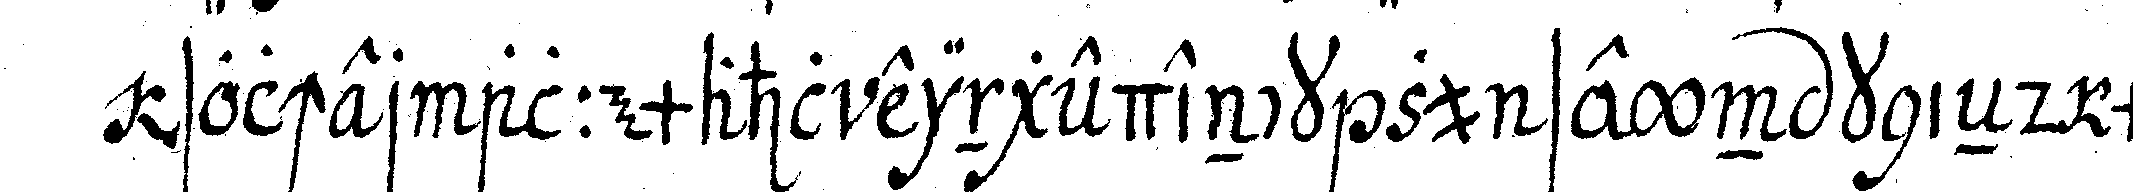
solcher allemahl eingedenck zu seyn knieNd mit